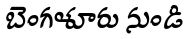
బెంగళూరు నుండి